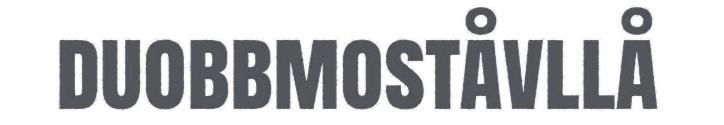
duobbmoståvllå